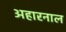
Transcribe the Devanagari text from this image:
अहारनाल